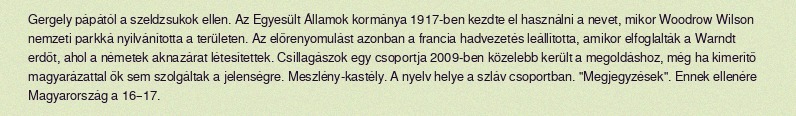
Gergely pápától a szeldzsukok ellen. Az Egyesült Államok kormánya 1917-ben kezdte el használni a nevet, mikor Woodrow Wilson nemzeti parkká nyilvánította a területen. Az előrenyomulást azonban a francia hadvezetés leállította, amikor elfoglalták a Warndt erdőt, ahol a németek aknazárat létesítettek. Csillagászok egy csoportja 2009-ben közelebb került a megoldáshoz, még ha kimerítő magyarázattal ők sem szolgáltak a jelenségre. Meszlény-kastély. A nyelv helye a szláv csoportban. "Megjegyzések". Ennek ellenére Magyarország a 16–17.